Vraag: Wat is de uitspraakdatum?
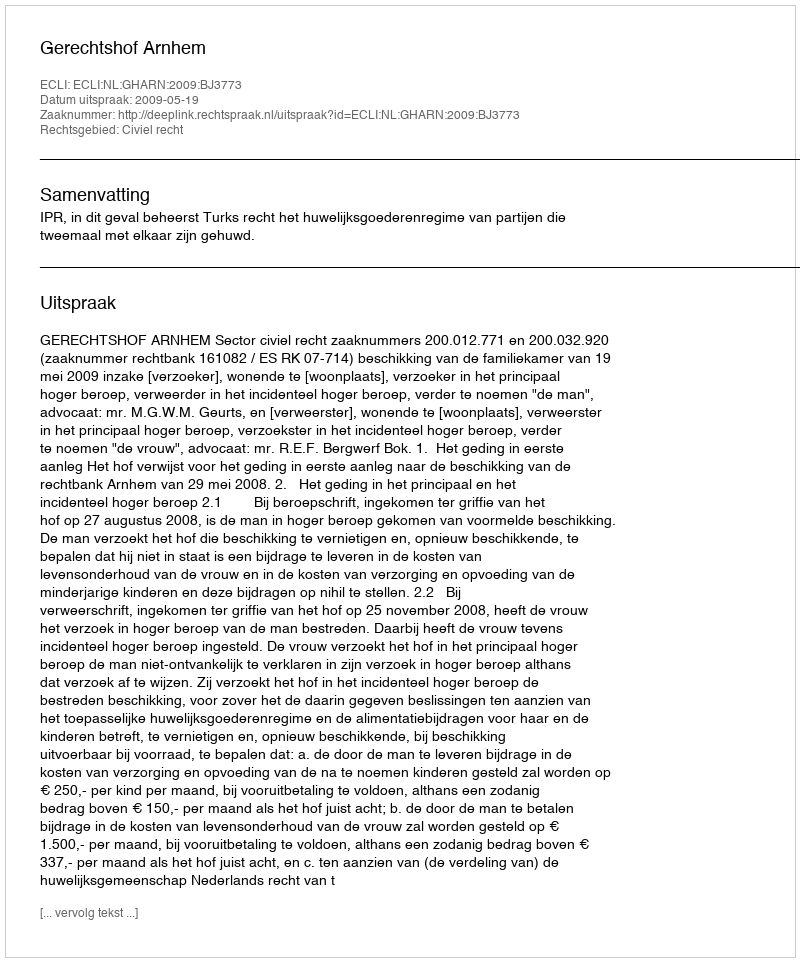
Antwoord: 2009-05-19